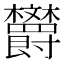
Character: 𪴦